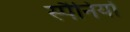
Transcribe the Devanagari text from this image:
स्पैनियों